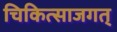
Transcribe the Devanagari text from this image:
चिकित्साजगत्